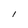
Character: l